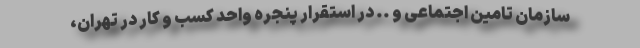
سازمان تامین اجتماعی و .. در استقرار پنجره واحد کسب و کار در تهران،